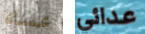
عساه عدائي